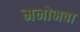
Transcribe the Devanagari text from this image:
मनोभवा